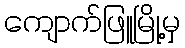
ကျောက်ဖြူမြို့မှ